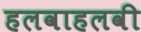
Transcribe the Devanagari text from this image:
हलवाहलवी